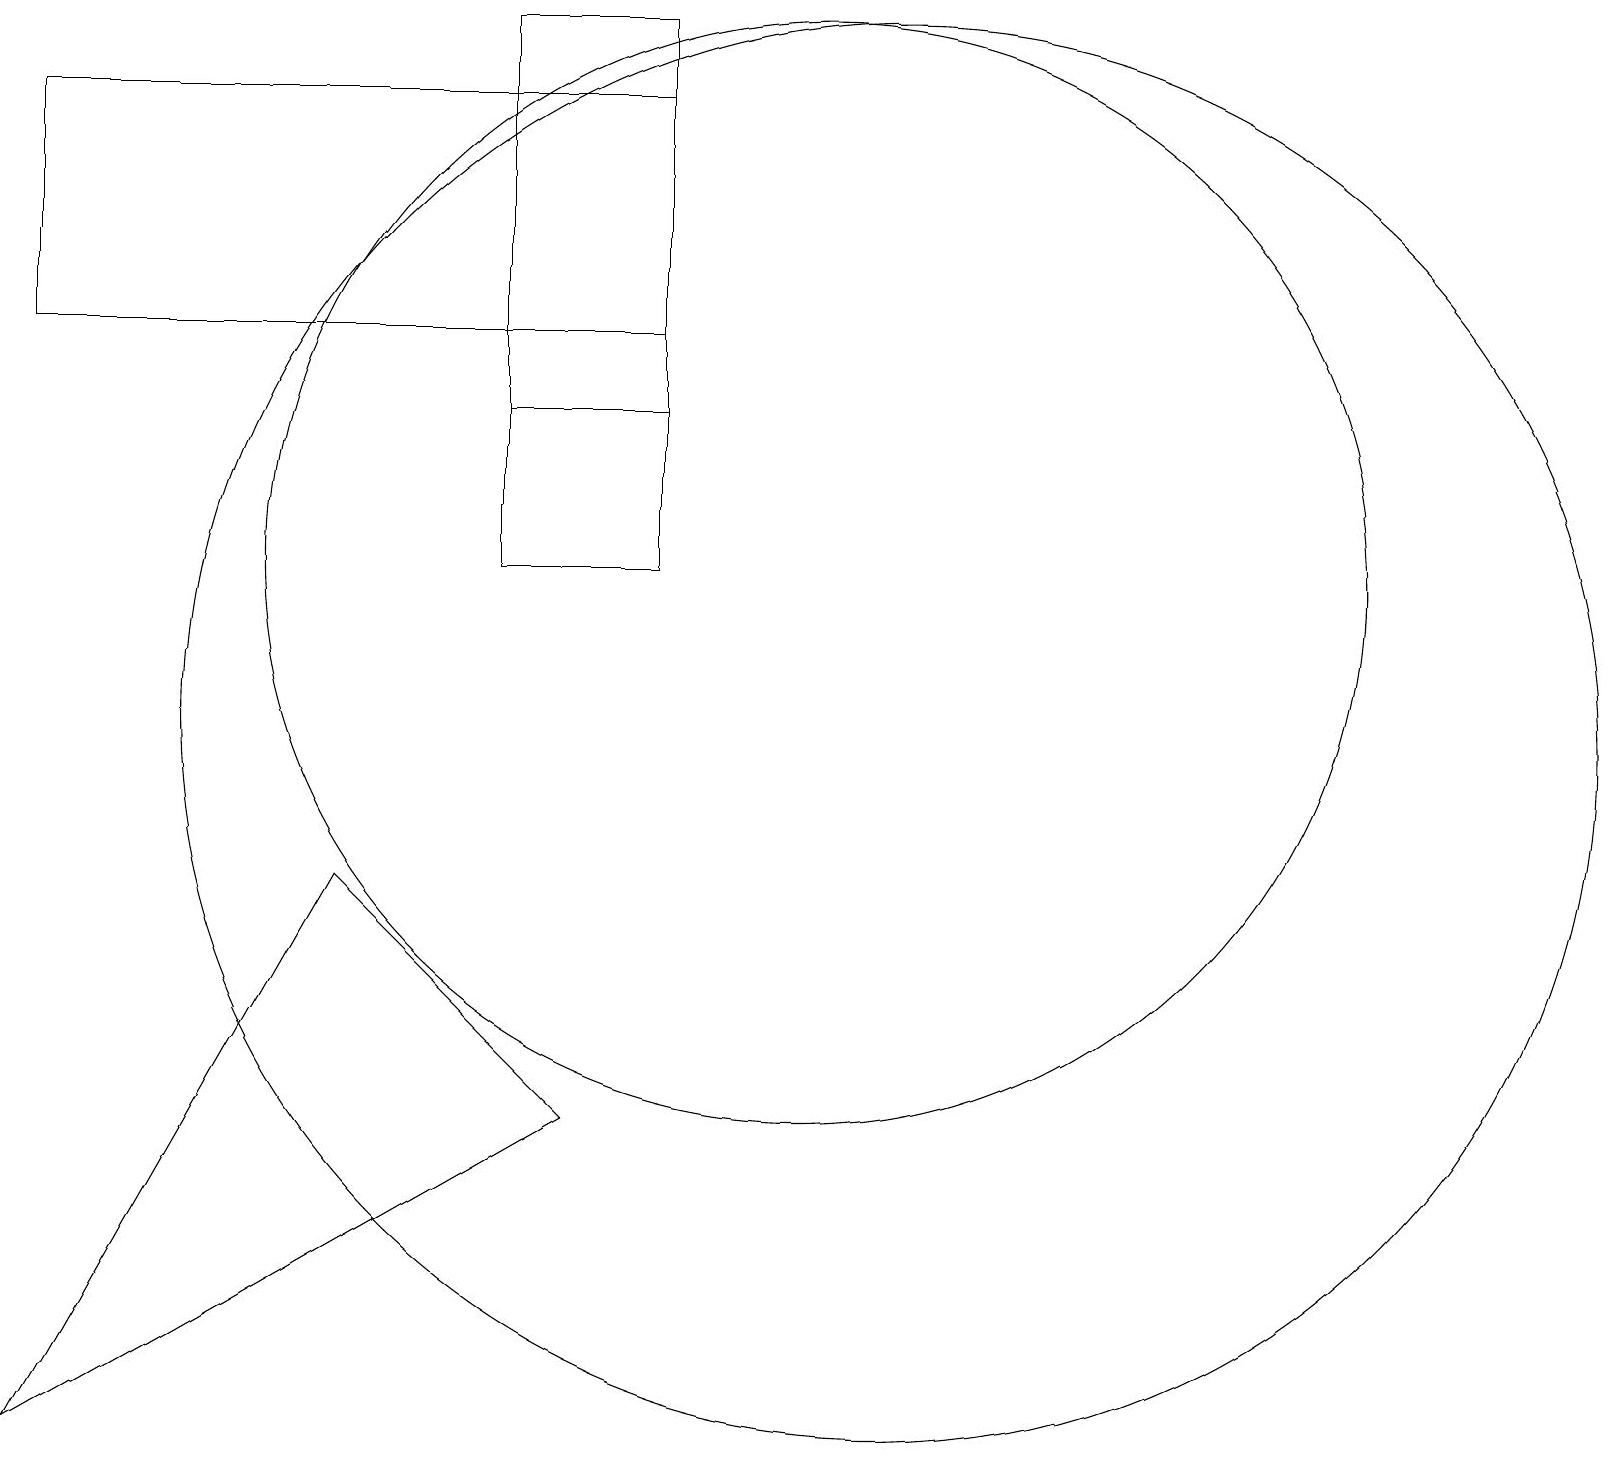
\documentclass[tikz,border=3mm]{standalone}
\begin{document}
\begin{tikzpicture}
\draw (8,12) rectangle (6,19);
\draw (0,15) rectangle (8,18);
\draw (10,12) circle (7);
\draw (11,10) circle (9);
\draw (8,12) rectangle (6,14);
\draw (0,1) -- (4,8) -- (7,5) -- cycle;
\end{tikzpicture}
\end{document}